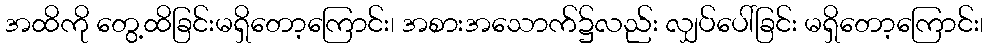
အထိကို တွေ့ထိခြင်းမရှိတော့ကြောင်း၊ အစားအသောက်၌လည်း လျှပ်ပေါ်ခြင်း မရှိတော့ကြောင်း၊